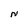
Character: N